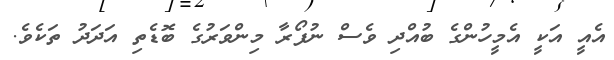
އެއީ އަކީ އެމީހުންގެ ބުއްދި ވެސް ނުފޯރާ މިންވަރުގެ ބޮޑެތި އަދަދު ތަކެވެ.